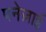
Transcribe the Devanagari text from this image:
पनेज़ाई